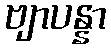
ဗျာပန္နာ